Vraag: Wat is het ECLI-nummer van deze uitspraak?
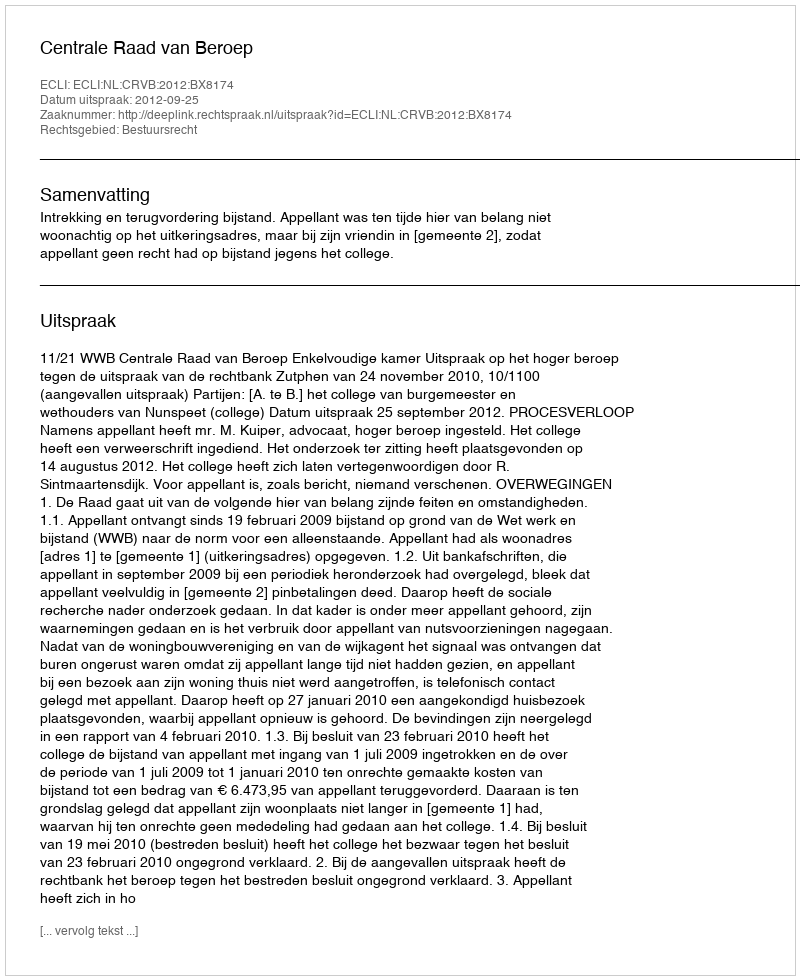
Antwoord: ECLI:NL:CRVB:2012:BX8174